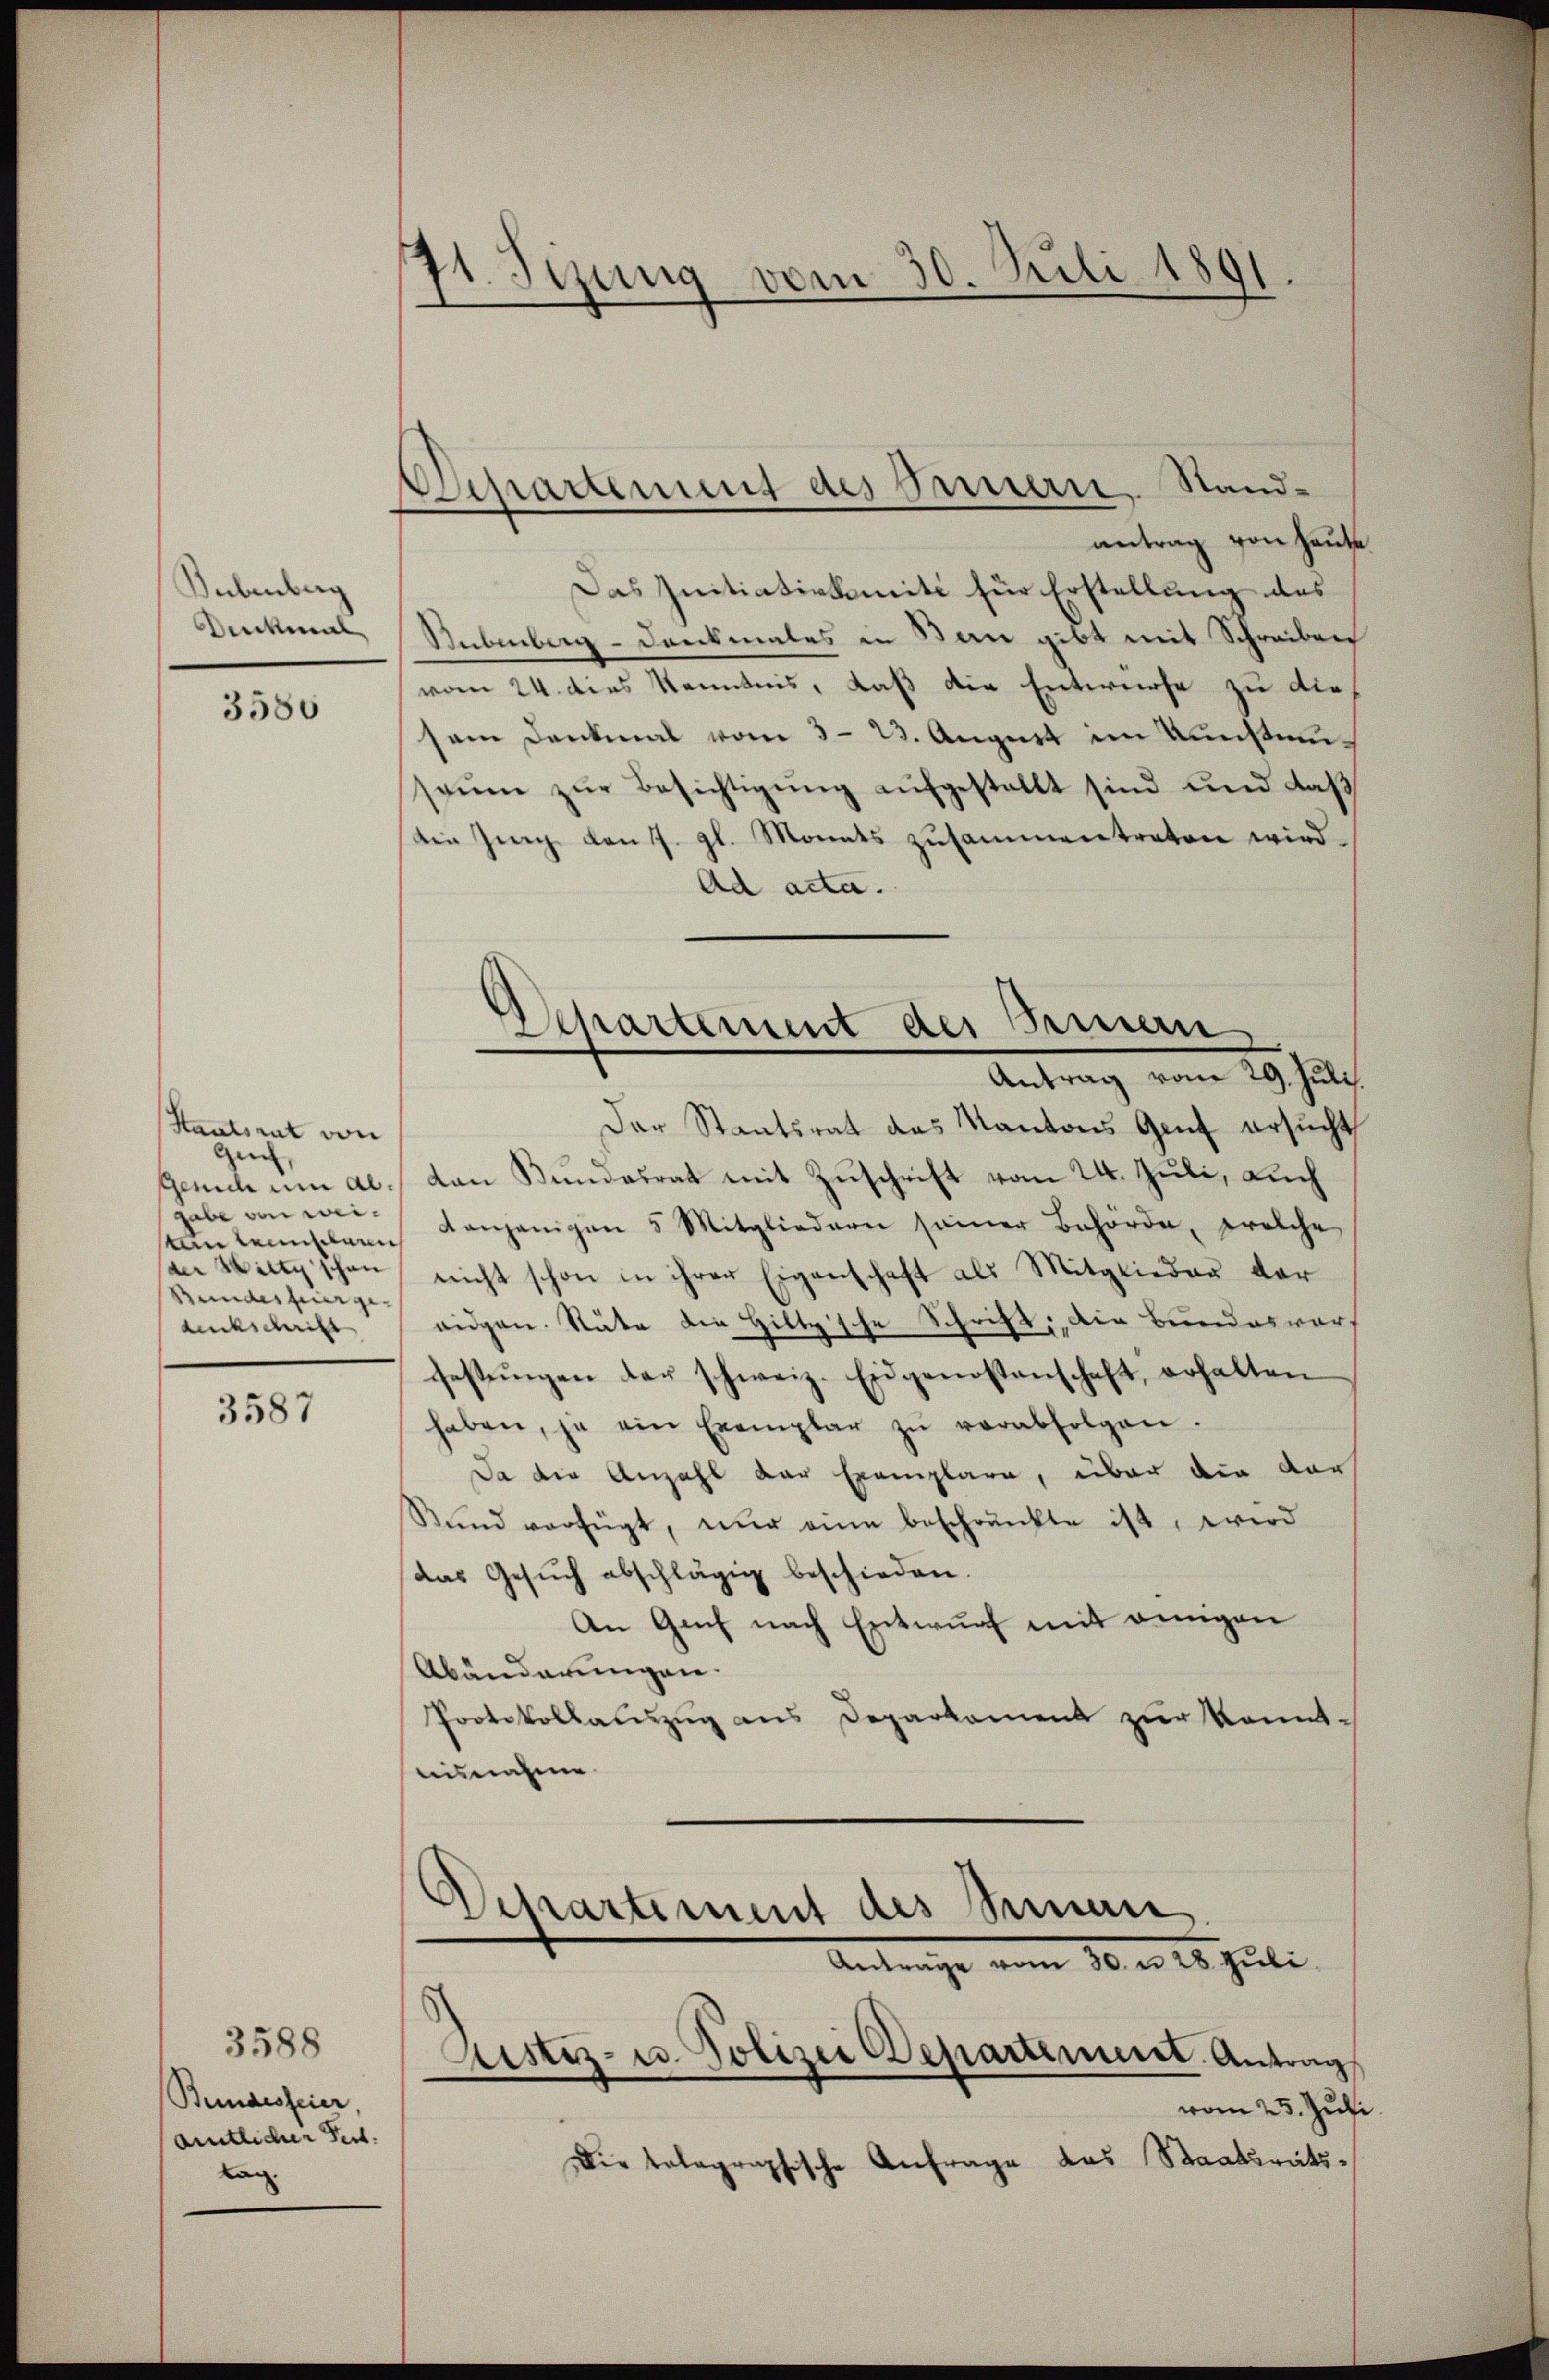
Bubenberg
Denkmal

3580

Staatsrat von
gen,
Gerich um al.
gabe von weiten leistaun
der Willy schon
Stundesfeier ge-
duckschrift

3587

3588
Bundesfeier,
amtlicher Pert.
Lan

11. Jezung vom 30. Juli 1891.

Departement des Innern, Standantrag von Hause

Das Initiativkomité für Erstellung des
Subenberg-Denkmales in Bau gibt mit Schreiben
vom 24. dies Kenntnis, daß die Entwurfe zu die
sem Denkmal vom 3. 23. August im Kunstunsaŭm zŭr Besichtigŭng aŭfgestellt sind und daβ
die Zing den 7. gl. Monats zusammentraten wird.
Ad acta.
Der Staatsrat das Kantons Genf ersucht,
ten Kundesrat mit Zuschrift vom 24. Juli, Luch
anjenigen 5 Mitgliedern seiner Behörde, welche
nicht schon in ihrer Eigenschaft als Mitglieder der
eidgen. Stäte die Hiltysche Schrift, die Bundesworf
festŭngen der schweiz. Eidgenossenschaft, erhalten
haben, ja ein Exemplar zŭ verabfolgen.
Da die Anzahl der Exemplare, über die dar
Sund verfügt, nur eine beschränkte ist, wird
das Gesŭch abschlägig beschieden.
An Gech nach Entwurf mit einigen
Abänderungen.
Protokollaŭszŭg ans Deparkoment zŭr konnt-
aisnahme

Departement des Fernern
Antrag vom 29. Juli.

Departement des Seman
Antrage vom 30. u 28 Juli.
Justiz- u. Polizei Departement. Antrag
am 25. Juli

Die tolographische Anfrage das Staatsreits¬